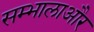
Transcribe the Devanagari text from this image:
सम्भालाऔर